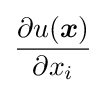
{\frac {\partial u({\boldsymbol {x}})}{\partial x_{i}}}